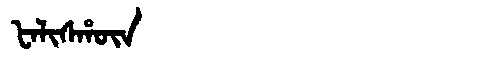
Manchu: ᡶᠠᠯᡳᠰᡥᡡᠨ
Romanization: FALISHŪN